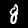
Label: 8